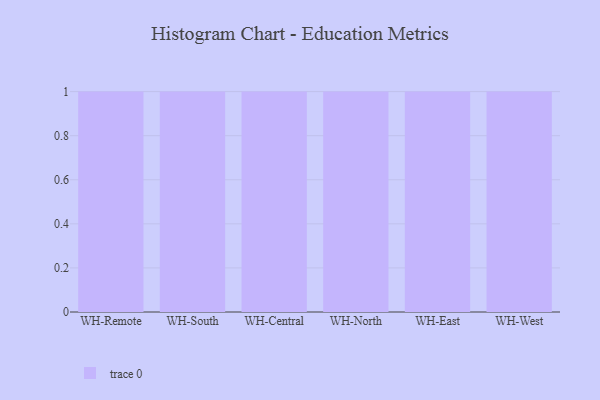
{"axis": {"x": "Warehouse", "y": "Headcount"}, "legend": [""], "data": [{"x": "WH-Remote", "y": 92, "type": ""}, {"x": "WH-South", "y": 74, "type": ""}, {"x": "WH-Central", "y": 87, "type": ""}, {"x": "WH-North", "y": 98, "type": ""}, {"x": "WH-East", "y": 79, "type": ""}, {"x": "WH-West", "y": 62, "type": ""}]}